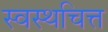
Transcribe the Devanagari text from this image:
स्वस्थचित्त